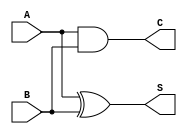
module meio_somador (    // Half Adder;

    input  [0:0] A, B,
    output [0:0] S, C

);
 
    assign S = A ^ B;
    assign C = A & B;
    
endmodule

module full_somador (     // Full Adder de um bit;
    
    input  A, B, Cin,
    output Soma, Cout

);
 
    wire Carry_1, Carry_2, Soma_1; 
    
    meio_somador U1 (A, B, Soma_1, Carry_1);
    meio_somador U2 (Cin, Soma_1, Soma, Carry_2);

    or           U3 (Cout, Carry_1, Carry_2);
    endmodule

module SOMA(            // Full Adder de 16 bits;

    input [15:0] A, B,
    output [15:0]C,
    output [0:0] overflow

); 

    wire [15:0] D;
    assign overflow = D[14] ^ D[15];


    full_somador S0(A[0],B[0],1'b0,C[0],D[0]);
    full_somador S1(A[1],B[1],D[0],C[1],D[1]);
    full_somador S2(A[2],B[2],D[1],C[2],D[2]);
    full_somador S3(A[3],B[3],D[2],C[3],D[3]);
    full_somador S4(A[4],B[4],D[3],C[4],D[4]);
    full_somador S5(A[5],B[5],D[4],C[5],D[5]);
    full_somador S6(A[6],B[6],D[5],C[6],D[6]);
    full_somador S7(A[7],B[7],D[6],C[7],D[7]);
    full_somador S8(A[8],B[8],D[7],C[8],D[8]);
    full_somador S9(A[9],B[9],D[8],C[9],D[9]);
    full_somador S10(A[10],B[10],D[9],C[10],D[10]);
    full_somador S11(A[11],B[11],D[10],C[11],D[11]);
    full_somador S12(A[12],B[12],D[11],C[12],D[12]);
    full_somador S13(A[13],B[13],D[12],C[13],D[13]);
    full_somador S14(A[14],B[14],D[13],C[14],D[14]);
    full_somador S15(A[15],B[15],D[14],C[15],D[15]);



endmodule